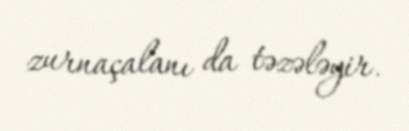
zurnaçalanı da təzələyir.